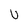
Character: U